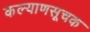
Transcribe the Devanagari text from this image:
कल्याणसूचक